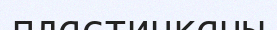
пластинканы